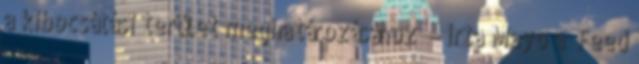
a kibocsátási terület meghatározásához” – írta Mayo a „Feed